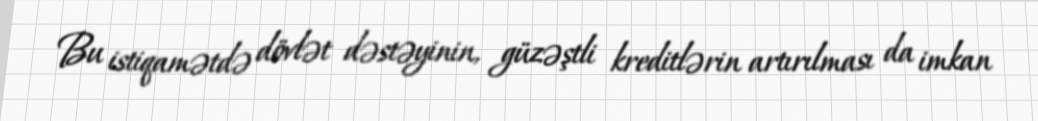
Bu istiqamətdə dövlət dəstəyinin, güzəştli kreditlərin artırılması da imkan